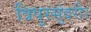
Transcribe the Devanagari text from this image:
त्रिपुरसुंदरी।